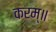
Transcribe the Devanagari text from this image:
करम्॥